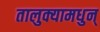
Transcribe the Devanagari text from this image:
तालुक्यामधुन्